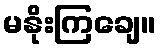
မနိုးကြချေ။